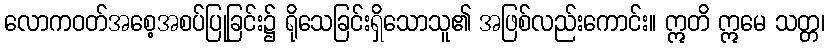
လောကဝတ်အစေ့အစပ်ပြုခြင်း၌ ရိုသေခြင်းရှိသောသူ၏ အဖြစ်လည်းကောင်း။ ဣတိ ဣမေ သတ္တ၊